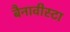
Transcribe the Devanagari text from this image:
बैनावीस्टा